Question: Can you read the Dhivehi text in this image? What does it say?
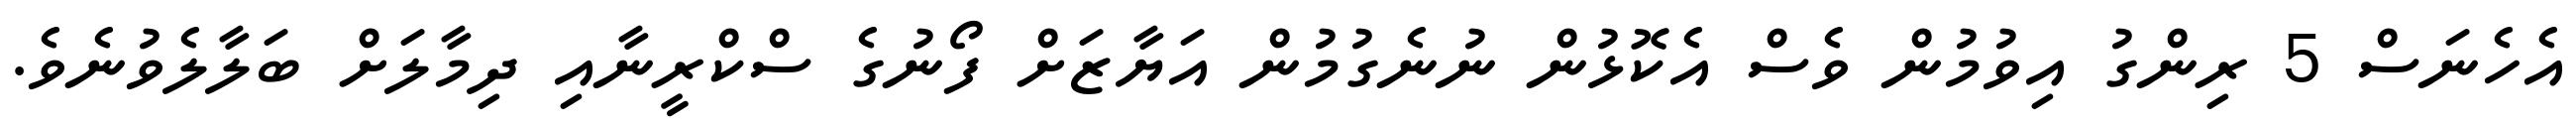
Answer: އެހެނަސް 5 ރިންގު އިވުމުން ވެސް އެކޮޅުން ނުނެގުމުން އަޔާޒަށް ފޯނުގެ ސްކްރީނާއި ދިމާލަށް ބަލާލެވުނެވެ.